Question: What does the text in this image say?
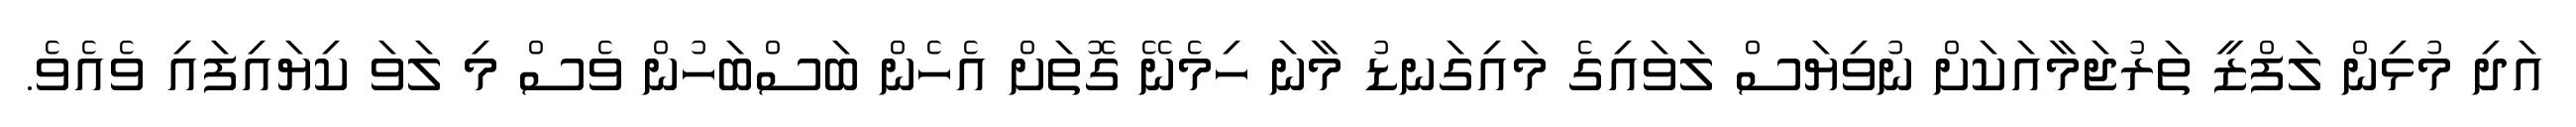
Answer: އަދި މުޅިން ލަފްޒީ ތަރުޖަމާއަކަށް ނުވިޔަސް ލަވައިގެ މައިގަނޑު މާނަ ހިމެނޭ ގޮތަށް އެހެން ބަސްބަހުން ވެސް މި ލަވަ ކިޔައިފައި ވެއެވެ.